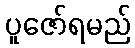
ပူဇော်ရမည်